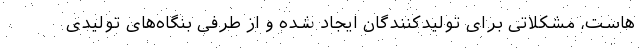
هاست، مشکلاتی برای تولیدکنندگان ایجاد شده و از طرفی بنگاه‌های تولیدی